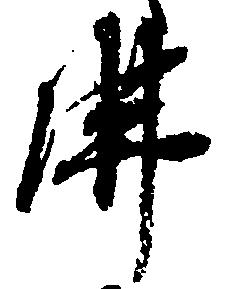
仏